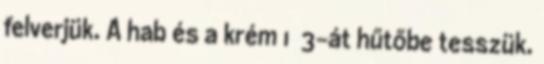
felverjük. A hab és a krém 1 3-át hűtőbe tesszük.